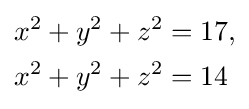
{\begin{aligned}x^{2}+y^{2}+z^{2}&=17,\\x^{2}+y^{2}+z^{2}&=14\end{aligned}}